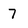
Character: 7